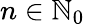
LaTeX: n\in\mathbb{N}_{0}